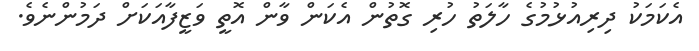
އެކަމަކު ދިރިއުޅުމުގެ ހާލަތު ހުރި ގޮތުން އެކަން ވާން އޮތީ ވަޒީފާއަކަށް ދަމުންނެވެ.